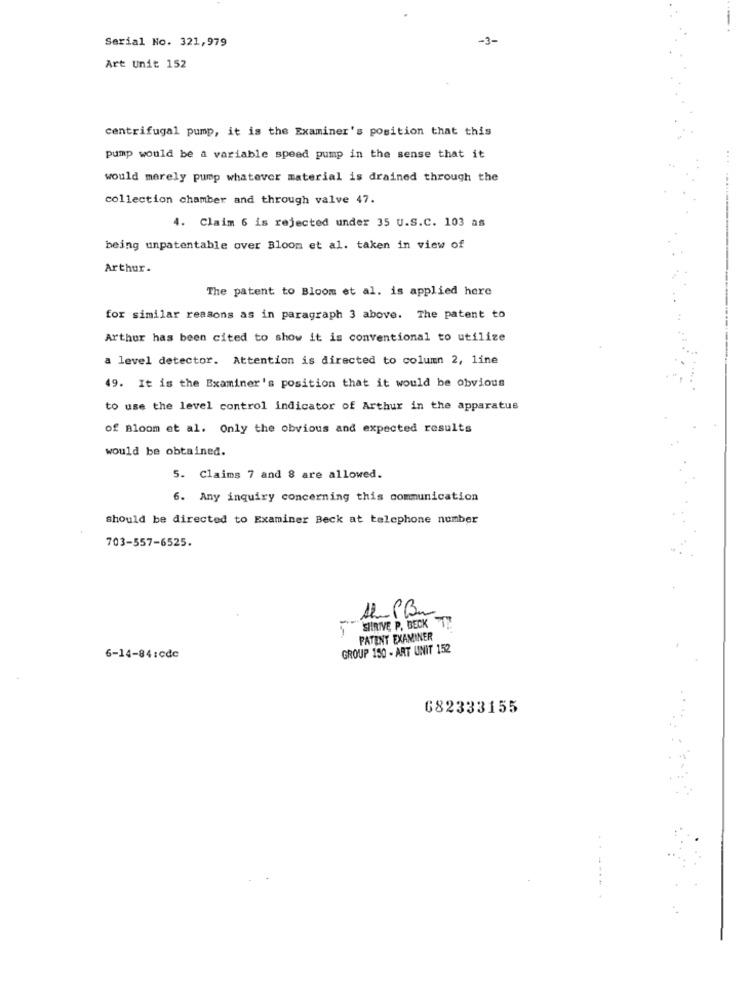
Serial No. 321,979
-3-
Art Unit 152
centrifugal pump, it is the Examiner's position that this
pump would be a variable speed pump in the sense that it
would merely pump whatever material is drained through the
collection chamber and through valve 47.
4. Claim 6 is rejected under 35 U.S.C. 103 as
being unpatentable over Bloom et al. taken in view of
Arthur-
The patent to Bloom et al. is applied here
for similar reasons as in paragraph 3 above. The patent to
Arthur has been cited to show it is conventional to utilize
a level detector. Attention is directed to column 2, line
49. It is the Examiner's position that it would be obvious
to use the level control indicator of Arthur in the apparatus
of Bloom et al. Only the obvious and expected results
would be obtained.
5. Claims 7 and 8 are allowed.
6. Any inquiry concerning this communication
should be directed to Examiner Beck at telephone number
703-557-6525.
SHRIVE P. BECK 1:
PATENT EXAMINER
GROUP 150 - ART UNIT 152
6-14-84:cdc
682333155